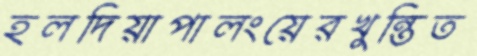
হলদিয়াপালংয়েরখুন্তিত